Mental hospitals Bombay report 1921-28 - 1921-1928
Year: 1921
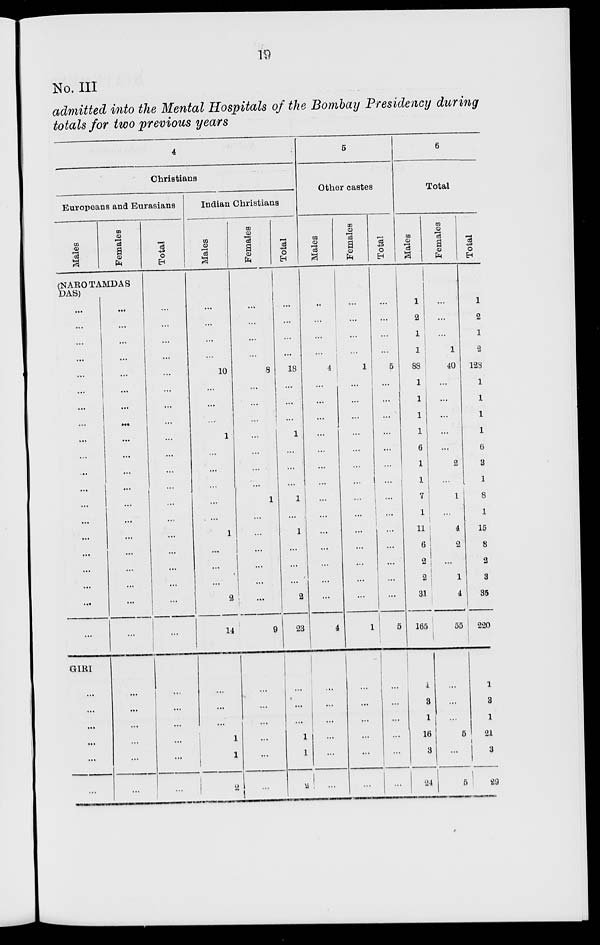
19
No. III
admitted into the Mental Hospitals of the Bombay Presidency during
totals for two previous years
4
Christians
Europeans and Eurasians
Males
Females
(NAROTAMDAS
DAS)
...
....
...
...
...
...
...
...
...
...
...
...
...
...
...
...
...
...
...
...
GIRI
...
...
...
...
...
...
...
...
...
...
...
...
...
...
...
...
...
...
...
...
...
...
...
...
...
...
...
...
...
...
...
...
Total
...
...
...
...
...
...
...
...
...
...
...
...
...
...
...
...
...
...
...
...
...
...
...
...
...
...
Indian Christians
Males
...
...
...
...
10
...
...
...
1
...
...
...
...
...
1
...
...
...
2
14
...
...
...
1
1
2
Females
...
...
...
...
8
...
...
...
...
...
...
...
1
...
...
...
...
...
...
9
...
...
...
...
...
...
Total
...
...
...
...
18
...
...
...
1
...
...
...
1
...
1
...
...
...
2
23
...
...
...
1
1
2
5
Other castes
Males
...
...
...
...
4
...
...
...
...
...
...
...
...
...
...
...
...
...
...
4
...
...
...
...
...
...
Females
...
...
...
...
1
...
...
...
...
...
...
...
...
...
...
...
...
...
...
1
...
...
...
...
...
...
Total
...
...
...
...
5
...
...
...
...
...
...
...
...
...
...
...
...
...
...
5
...
...
...
....
...
...
6
Total
Males
1
2
1
1
88
1
1
1
1
6
1
1
7
1
11
6
2
2
31
165
1
3
1
16
3
24
Females
...
...
...
1
40
...
...
...
...
...
2
...
1
...
4
2
...
1
4
55
...
...
...
5
...
5
Total
1
2
1
2
128
1
1
1
1
6
3
1
8
1
15
8
2
3
35
220
1
3
1
21
3
29